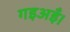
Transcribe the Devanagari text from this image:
गइअइँ।